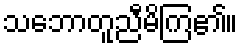
သဘောတူညီမိကြ၏။